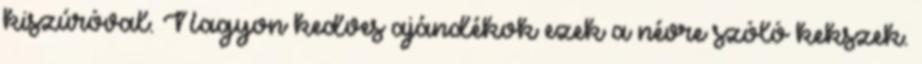
kiszúróval. Nagyon kedves ajándékok ezek a névre szóló kekszek.